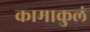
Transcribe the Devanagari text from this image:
कामाकुलं